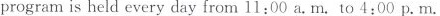
programis held every day from 11:00 a. M. To 4:00 p.M.